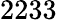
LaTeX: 2233